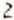
2